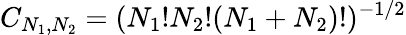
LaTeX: C_{N_{1},N_{2}}=(N_{1}!N_{2}!(N_{1}+N_{2})!)^{-1/2}